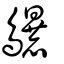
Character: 鸔